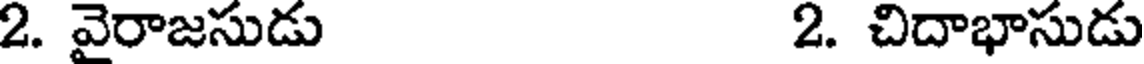
2. వైరాజసుడు 2. చిదాభాసుడు